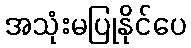
အသုံးမပြုနိုင်ပေ